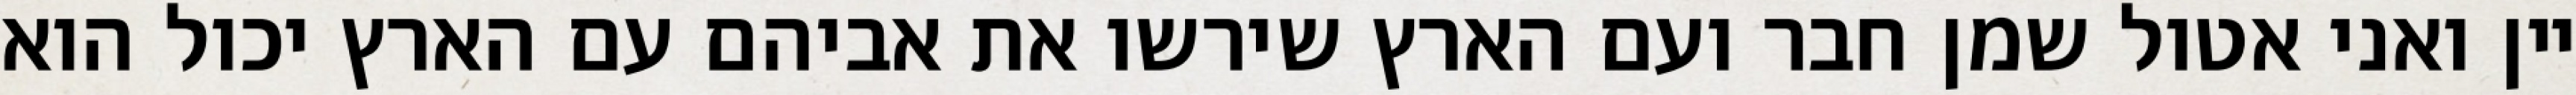
יין ואני אטול שמן חבר ועם הארץ שירשו את אביהם עם הארץ יכול הוא